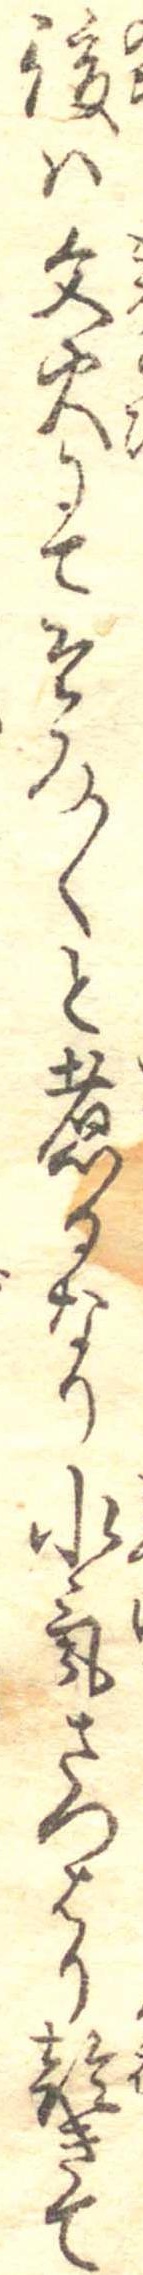
後は文火にてそろ〱と煮るなり水気さつはり乾きて